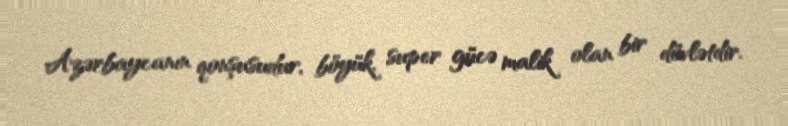
Azərbaycanın qonşusudur, böyük, super gücə malik olan bir dövlətdir.